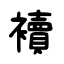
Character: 襩